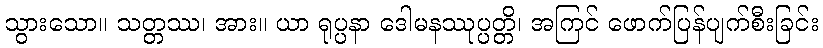
သွားသော။ သတ္တဿ၊ အား။ ယာ ရုပ္ပနာ ဒေါမနဿုပ္ပတ္တိ၊ အကြင် ဖောက်ပြန်ပျက်စီးခြင်း